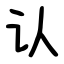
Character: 认